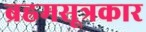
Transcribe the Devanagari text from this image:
ब्रह्रमसूत्रकार